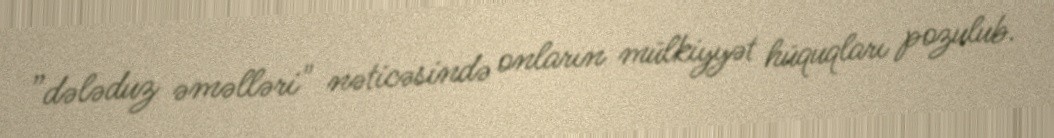
”dələduz əməlləri" nəticəsində onların mülkiyyət hüquqları pozulub.